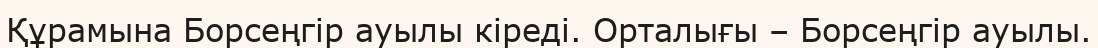
Құрамына Борсеңгір ауылы кіреді. Орталығы – Борсеңгір ауылы.